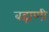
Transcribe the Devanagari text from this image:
बह्मणी